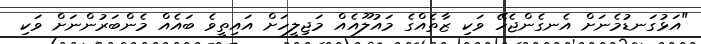
"އަޅުގަނޑުމެނަށް އެނގެންޖެހޭ ވަކި ޒާތެއްގެ މައުލޫއެއް މަޖިލީހަށް އައިތީވެ ބައެއް މެންބަރުންނަށް ވަކި